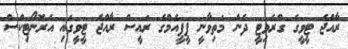
ރާއްޖެ ޓީވީގެ ގްރެވިޓީ ދެން މަތިވާނީ ޕީޕީއެމްގެ ރައީސް ރާއްޖެ ޓީވީގައި އެރޮނޯޓިކްސް